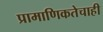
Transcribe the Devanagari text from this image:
प्रामाणिकतेचाही